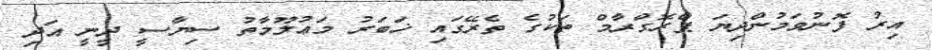
އިރު ފޮނުވަމުންދިޔަ ޕްރޮގްރާމް ތަކުގެ ތެރޭގައި ޚަބަރު މަޢުލޫމާތު ސިޔާސީ ދީނީ އަދި